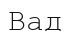
Вад